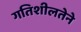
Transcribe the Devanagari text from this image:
गतिशीलतेने